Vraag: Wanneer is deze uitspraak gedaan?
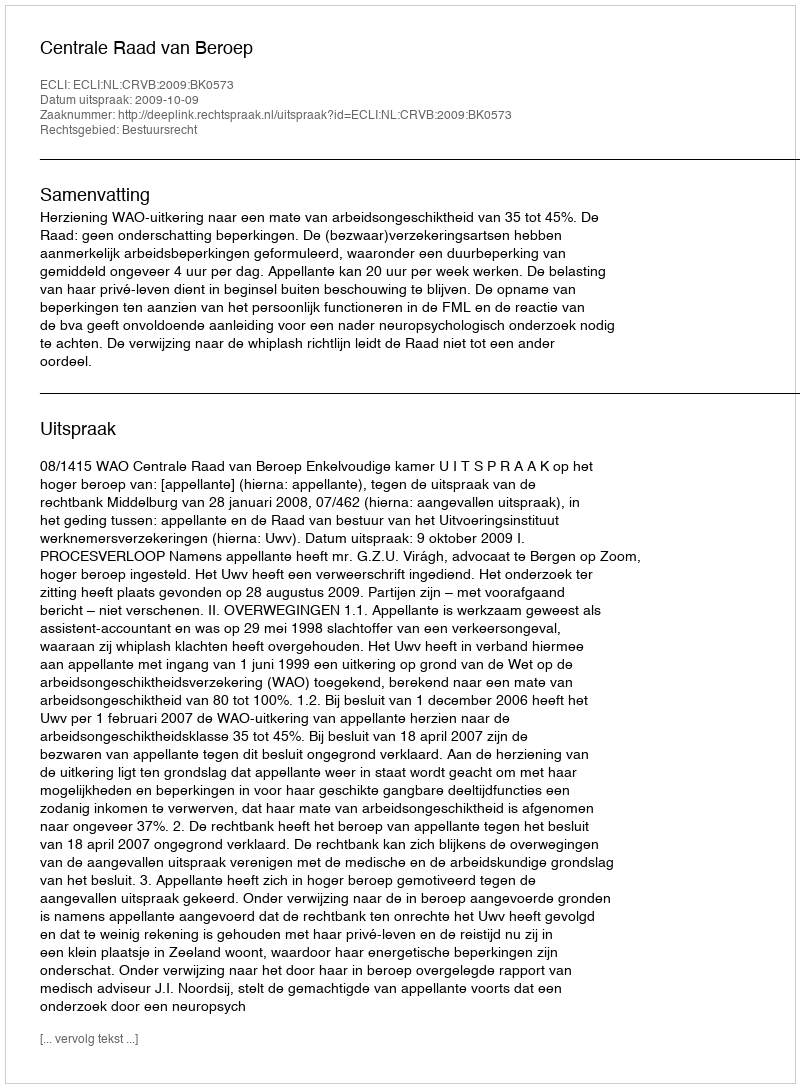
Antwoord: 2009-10-09